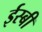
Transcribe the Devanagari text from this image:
ईस्बी